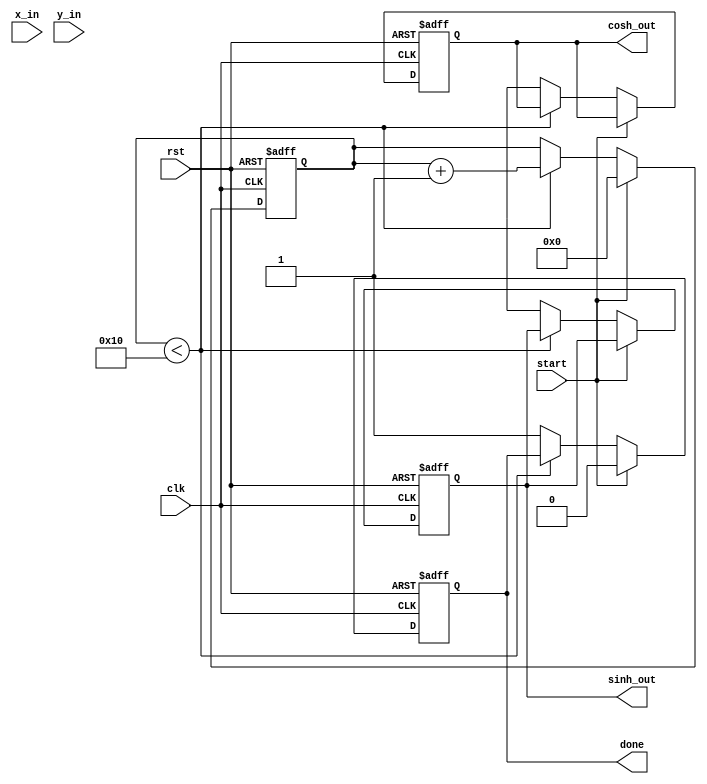
module hyperbolic_cordic (
    input wire clk,
    input wire rst,
    input wire start,
    input wire [15:0] x_in, // Input for x (cosh)
    input wire [15:0] y_in, // Input for y (sinh)
    output reg [15:0] sinh_out,
    output reg [15:0] cosh_out,
    output reg done
);

    // Parameters
    parameter NUM_ITERATIONS = 16;
    parameter ANGLE_WIDTH = 16;

    // Internal registers
    reg [15:0] x[0:NUM_ITERATIONS-1];
    reg [15:0] y[0:NUM_ITERATIONS-1];
    reg [ANGLE_WIDTH-1:0] angles[0:NUM_ITERATIONS-1];
    reg [3:0] iteration;
    reg [15:0] scaling_factor;

    // Initialize angles for arctanh (for hyperbolic CORDIC)
    initial begin
        angles[0] = 16'h1C71; // atan(1/2^0)
        angles[1] = 16'h1A62; // atan(1/2^1)
        angles[2] = 16'h186A; // atan(1/2^2)
        angles[3] = 16'h1715; // atan(1/2^3)
        angles[4] = 16'h1555; // atan(1/2^4)
        angles[5] = 16'h1444; // atan(1/2^5)
        angles[6] = 16'h1357; // atan(1/2^6)
        angles[7] = 16'h128F; // atan(1/2^7)
        angles[8] = 16'h11D5; // atan(1/2^8)
        angles[9] = 16'h113D; // atan(1/2^9)
        angles[10] = 16'h10B5; // atan(1/2^10)
        angles[11] = 16'h104D; // atan(1/2^11)
        angles[12] = 16'h0FF5; // atan(1/2^12)
        angles[13] = 16'h0FAD; // atan(1/2^13)
        angles[14] = 16'h0F6D; // atan(1/2^14)
        angles[15] = 16'h0F3D; // atan(1/2^15)
    end

    // Scaling factor for hyperbolic functions
    initial begin
        scaling_factor = 16'h1C71; // Scaling factor for 16 iterations
    end

    // CORDIC iteration logic
    always @(posedge clk or posedge rst) begin
        if (rst) begin
            iteration <= 0;
            done <= 0;
            sinh_out <= 0;
            cosh_out <= 0;
        end else if (start) begin
            // Initialize x and y
            x[0] <= x_in;
            y[0] <= y_in;
            iteration <= 0;
            done <= 0;
        end else if (iteration < NUM_ITERATIONS) begin
            // Perform CORDIC iterations
            if (y[iteration] < 0) begin
                x[iteration + 1] <= x[iteration] + (y[iteration] >>> iteration);
                y[iteration + 1] <= y[iteration] + (x[iteration] >>> iteration);
            end else begin
                x[iteration + 1] <= x[iteration] - (y[iteration] >>> iteration);
                y[iteration + 1] <= y[iteration] - (x[iteration] >>> iteration);
            end
            iteration <= iteration + 1;
        end else begin
            // Final output calculation
            sinh_out <= y[NUM_ITERATIONS];
            cosh_out <= x[NUM_ITERATIONS] * scaling_factor; // Apply scaling factor
            done <= 1;
        end
    end

endmodule